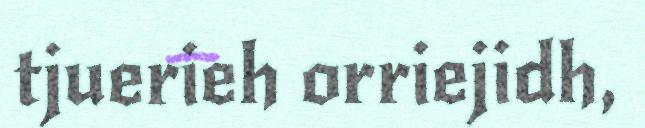
tjuerieh orriejidh,